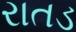
રાતડ